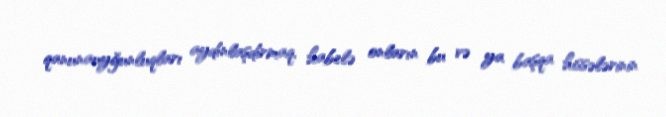
qanunauyğunluqları aydınlaşdırmaq, habelə onların bu və ya başqa hissələrinin